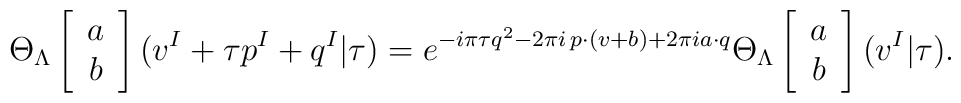
\Theta_{\Lambda}\left[\begin{array}{c}a \\b\end{array}\right](v^{I}+\tau p^{I}+q^{I}|\tau)=e^{-i\pi\tau q^{2}-2\pi i\,p\cdot(v+b)+2\pi i a\cdot q}\Theta_{\Lambda}\left[\begin{array}{c}a \\b\end{array}\right](v^{I}|\tau).